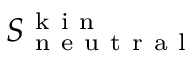
S _ { \mathrm { ~ n ~ e ~ u ~ t ~ r ~ a ~ l ~ } } ^ { \mathrm { ~ k ~ i ~ n ~ } }